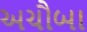
અચૌબા